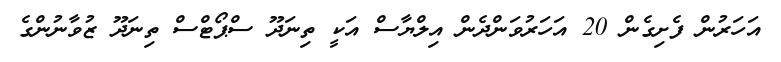
އަހަރުން ފެށިގެން 20 އަހަރުވަންދެން އިލްޔާސް އަކީ ތިނަދޫ ސްޕޯޓްސް ތިނަދޫ ޒުވާނުންގެ